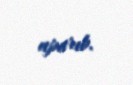
aparıb.